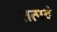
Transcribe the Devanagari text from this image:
तत्पदं